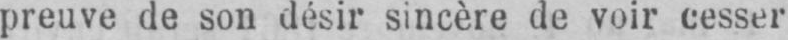
preuve de son désir sincère de voir cesser